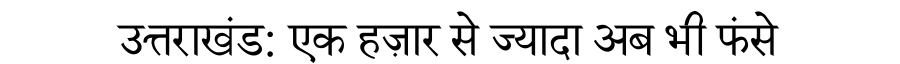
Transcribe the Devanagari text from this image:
उत्तराखंड: एक हज़ार से ज्यादा अब भी फंसे